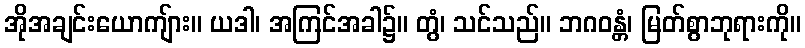
အိုအချင်းယောကျ်ား။ ယဒါ၊ အကြင်အခါ၌။ တွံ၊ သင်သည်။ ဘဂဝန္တံ၊ မြတ်စွာဘုရားကို။